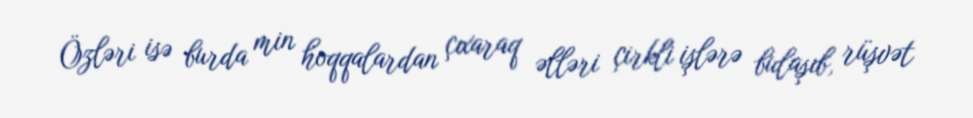
Özləri isə burda min hoqqalardan çıxaraq əlləri çirkli işlərə bulaşıb, rüşvət